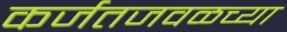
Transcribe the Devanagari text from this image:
कर्जतजवळच्या